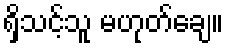
ရှိသင့်သူ မဟုတ်ချေ။